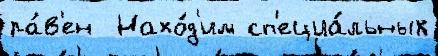
ра́в'ен  Нахо́д'им сп'ециа́льных